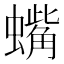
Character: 蟕